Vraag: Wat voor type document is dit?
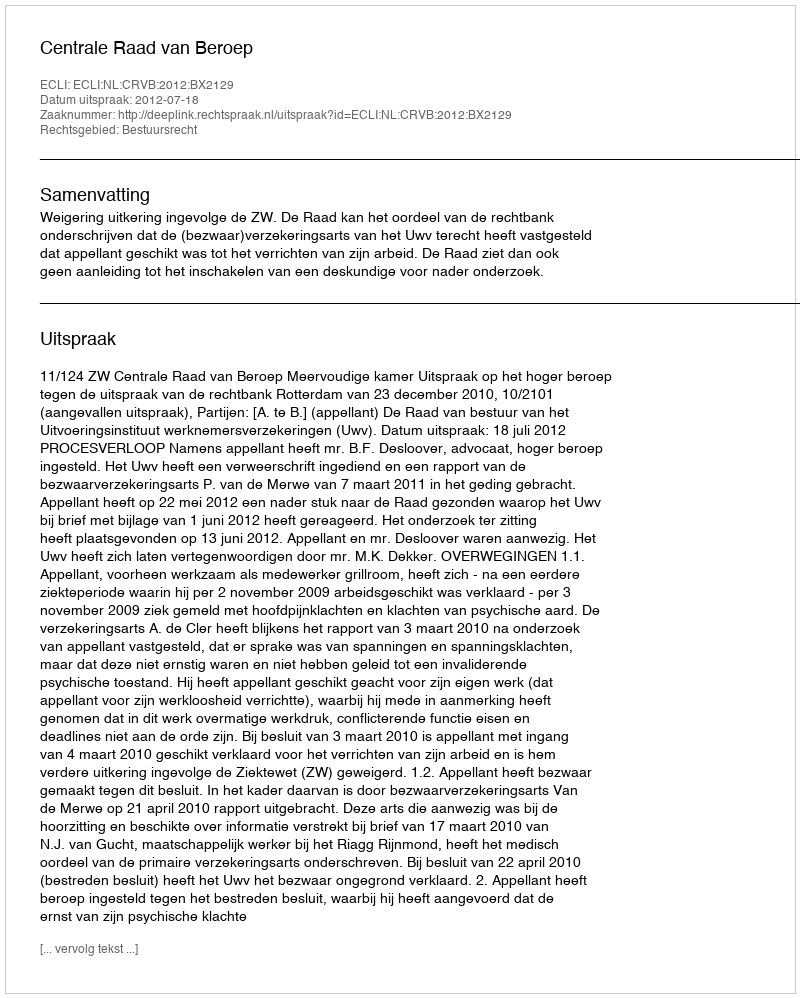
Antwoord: Uitspraak